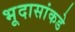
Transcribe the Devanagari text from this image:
भूदासांकडे